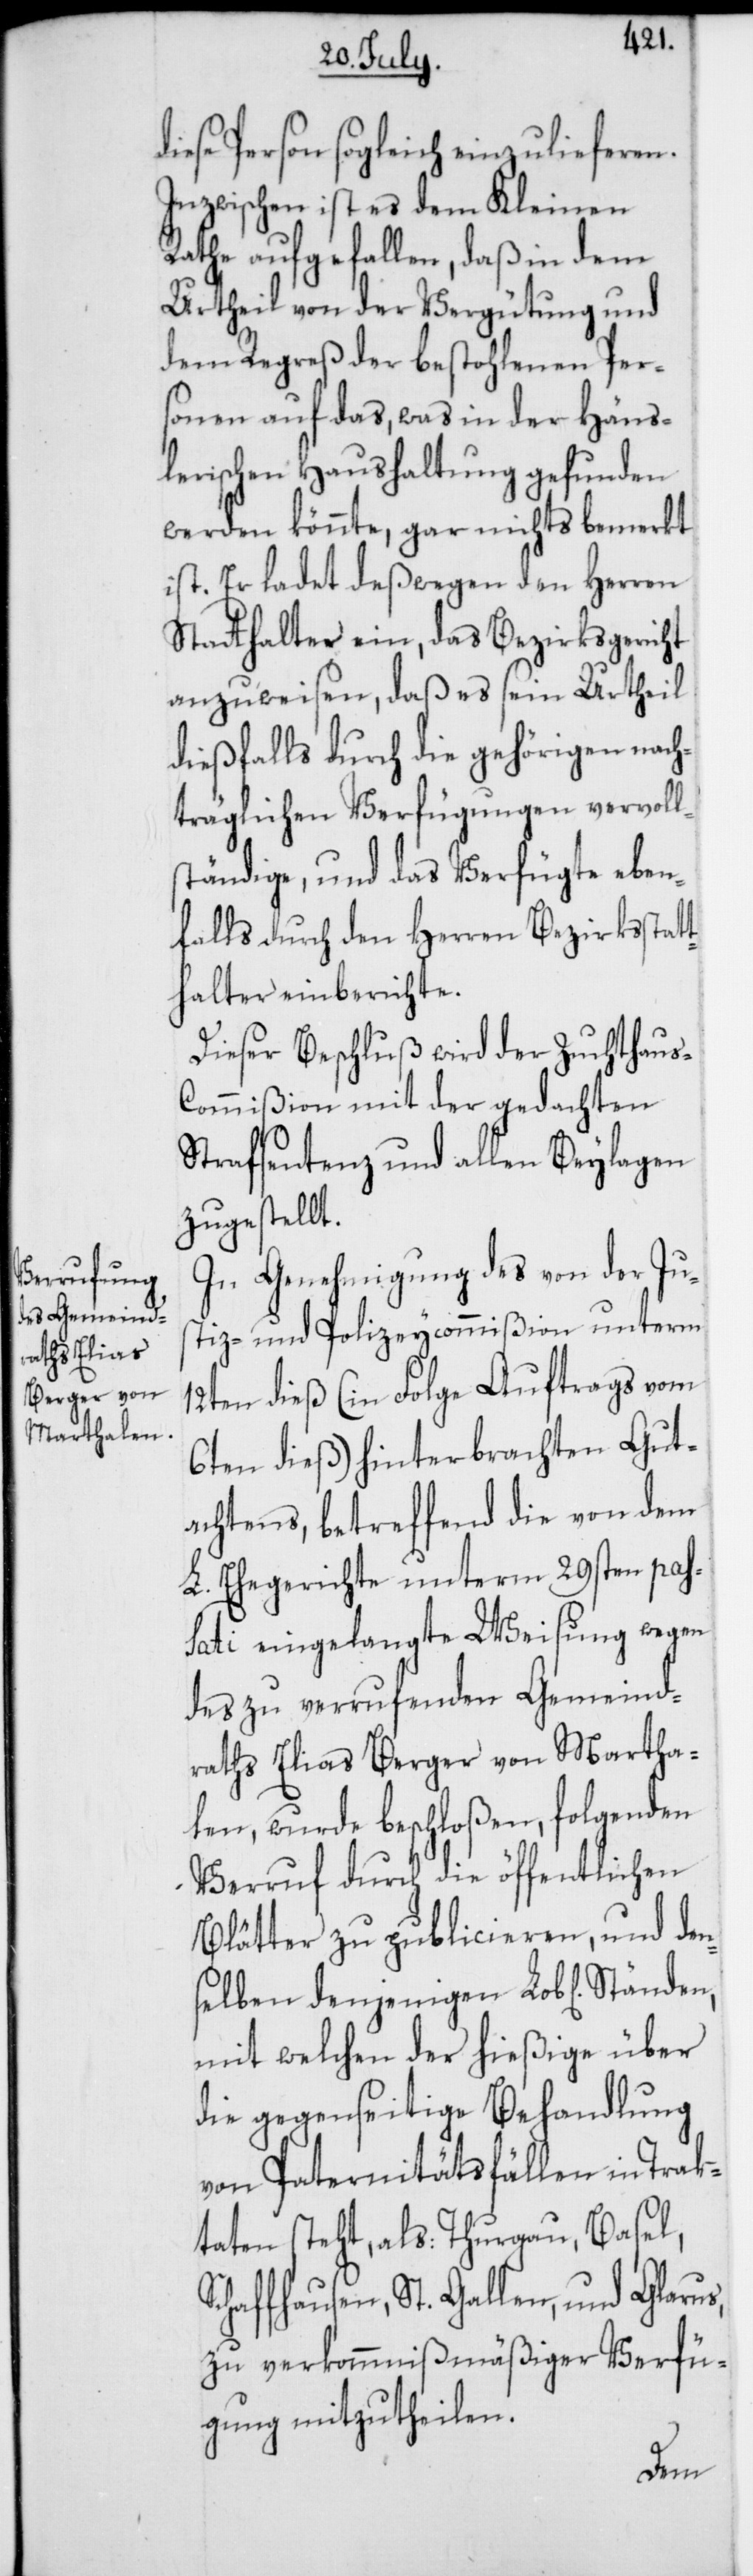
diese Person sogleich einzulieferen.
Inzwischen ist es dem Kleinen
Rathe aufgefallen, daß in dem
Urtheil von der Vergütung und
dem Regreß der bestohlenen Per¬
sonen auf das, was in der Häns¬
lerischen Haushaltung gefunden
werden könnte, gar nichts bemerkt
ist. Er ladet deßwegen den Herren
Stathalter ein, das Bezirksgericht
anzuweisen, daß es sein Urtheil
dießfalls durch die gehörigen nach¬
träglichen Verfügungen vervoll¬
ständige, und das Verfügte eben¬
falls durch den Herren Bezirksstatt¬
halter einberichte.
Dieser Beschluß wird der Zuchthau¬
ommißion mit der gedachten
Strafsentenz und allen Beylagen
zugestellt.
In Genehmigung des von der Ju¬
stiz- und Polizeycommißion unterm
12ten dieß (in Folge Auftrags vom
6ten dieß) hinterbrachten Gut¬
achtens, betreffend die von dem
L. Ehegericht unterm 29sten pas¬
sati eingelangte Weisung wegen
des zu verrufenden Gemeind¬
raths Elias Berger von Martha¬
len, wurde beschloßen, folgenden
Verruf durch die öffentlichen
Blätter zu publicieren, und den¬
selben denjenigen Lob[lichen]
mit welchen der hießige über
die gegenseitige Behandlung
von Paternitätsfällen in Trak¬
taten steht, als: Thurgau, Basel,
Schaffhausen, St. Gallen, und Glarus,
zu verkommnißmäßiger Verfü¬
gung mitzutheilen.
s-C¬